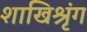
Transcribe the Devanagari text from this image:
शाखिश्रृंग